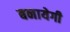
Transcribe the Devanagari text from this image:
बनायेगी